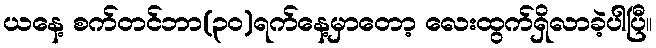
ယနေ့ စက်တင်ဘာ(၃၀)ရက်နေ့မှာတော့ လေးထွက်ရှိလာခဲ့ပါပြီ။